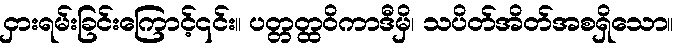
ငှားရမ်းခြင်းကြောင့်၎င်း။ ပတ္တတ္ထဝိကာဒီမှိ၊ သပိတ်အိတ်အစရှိသော။